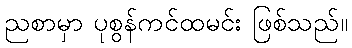
ညစာမှာ ပုစွန်ကင်ထမင်း ဖြစ်သည်။